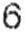
6